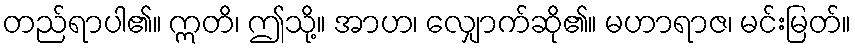
တည်ရာပါ၏။ ဣတိ၊ ဤသို့။ အာဟ၊ လျှောက်ဆို၏။ မဟာရာဇ၊ မင်းမြတ်။